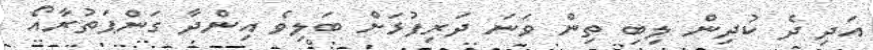
އަދި ދެ ކުދިން ލިބި ތިން ވަނަ ދަރިފުޅަށް ބަލިވެ އިންދާ ގަންޕަތުރާއޯ